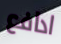
ادافع